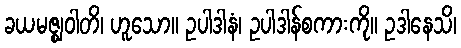
ခယမဇ္ဈဝါတိ၊ ဟူသော။ ဥပါဒါနံ၊ ဥပါဒါန်စကားကို။ ဥဒါနေသိ၊